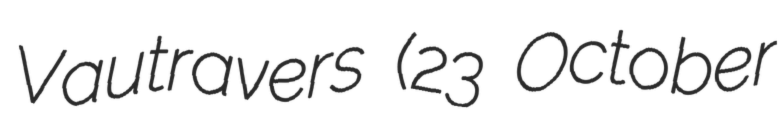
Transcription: Vautravers (23 October